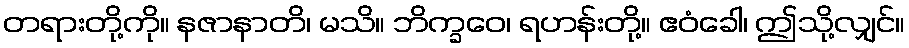
တရားတို့ကို။ နဇာနာတိ၊ မသိ။ ဘိက္ခဝေ၊ ရဟန်းတို့။ ဧဝံခေါ၊ ဤသို့လျှင်။